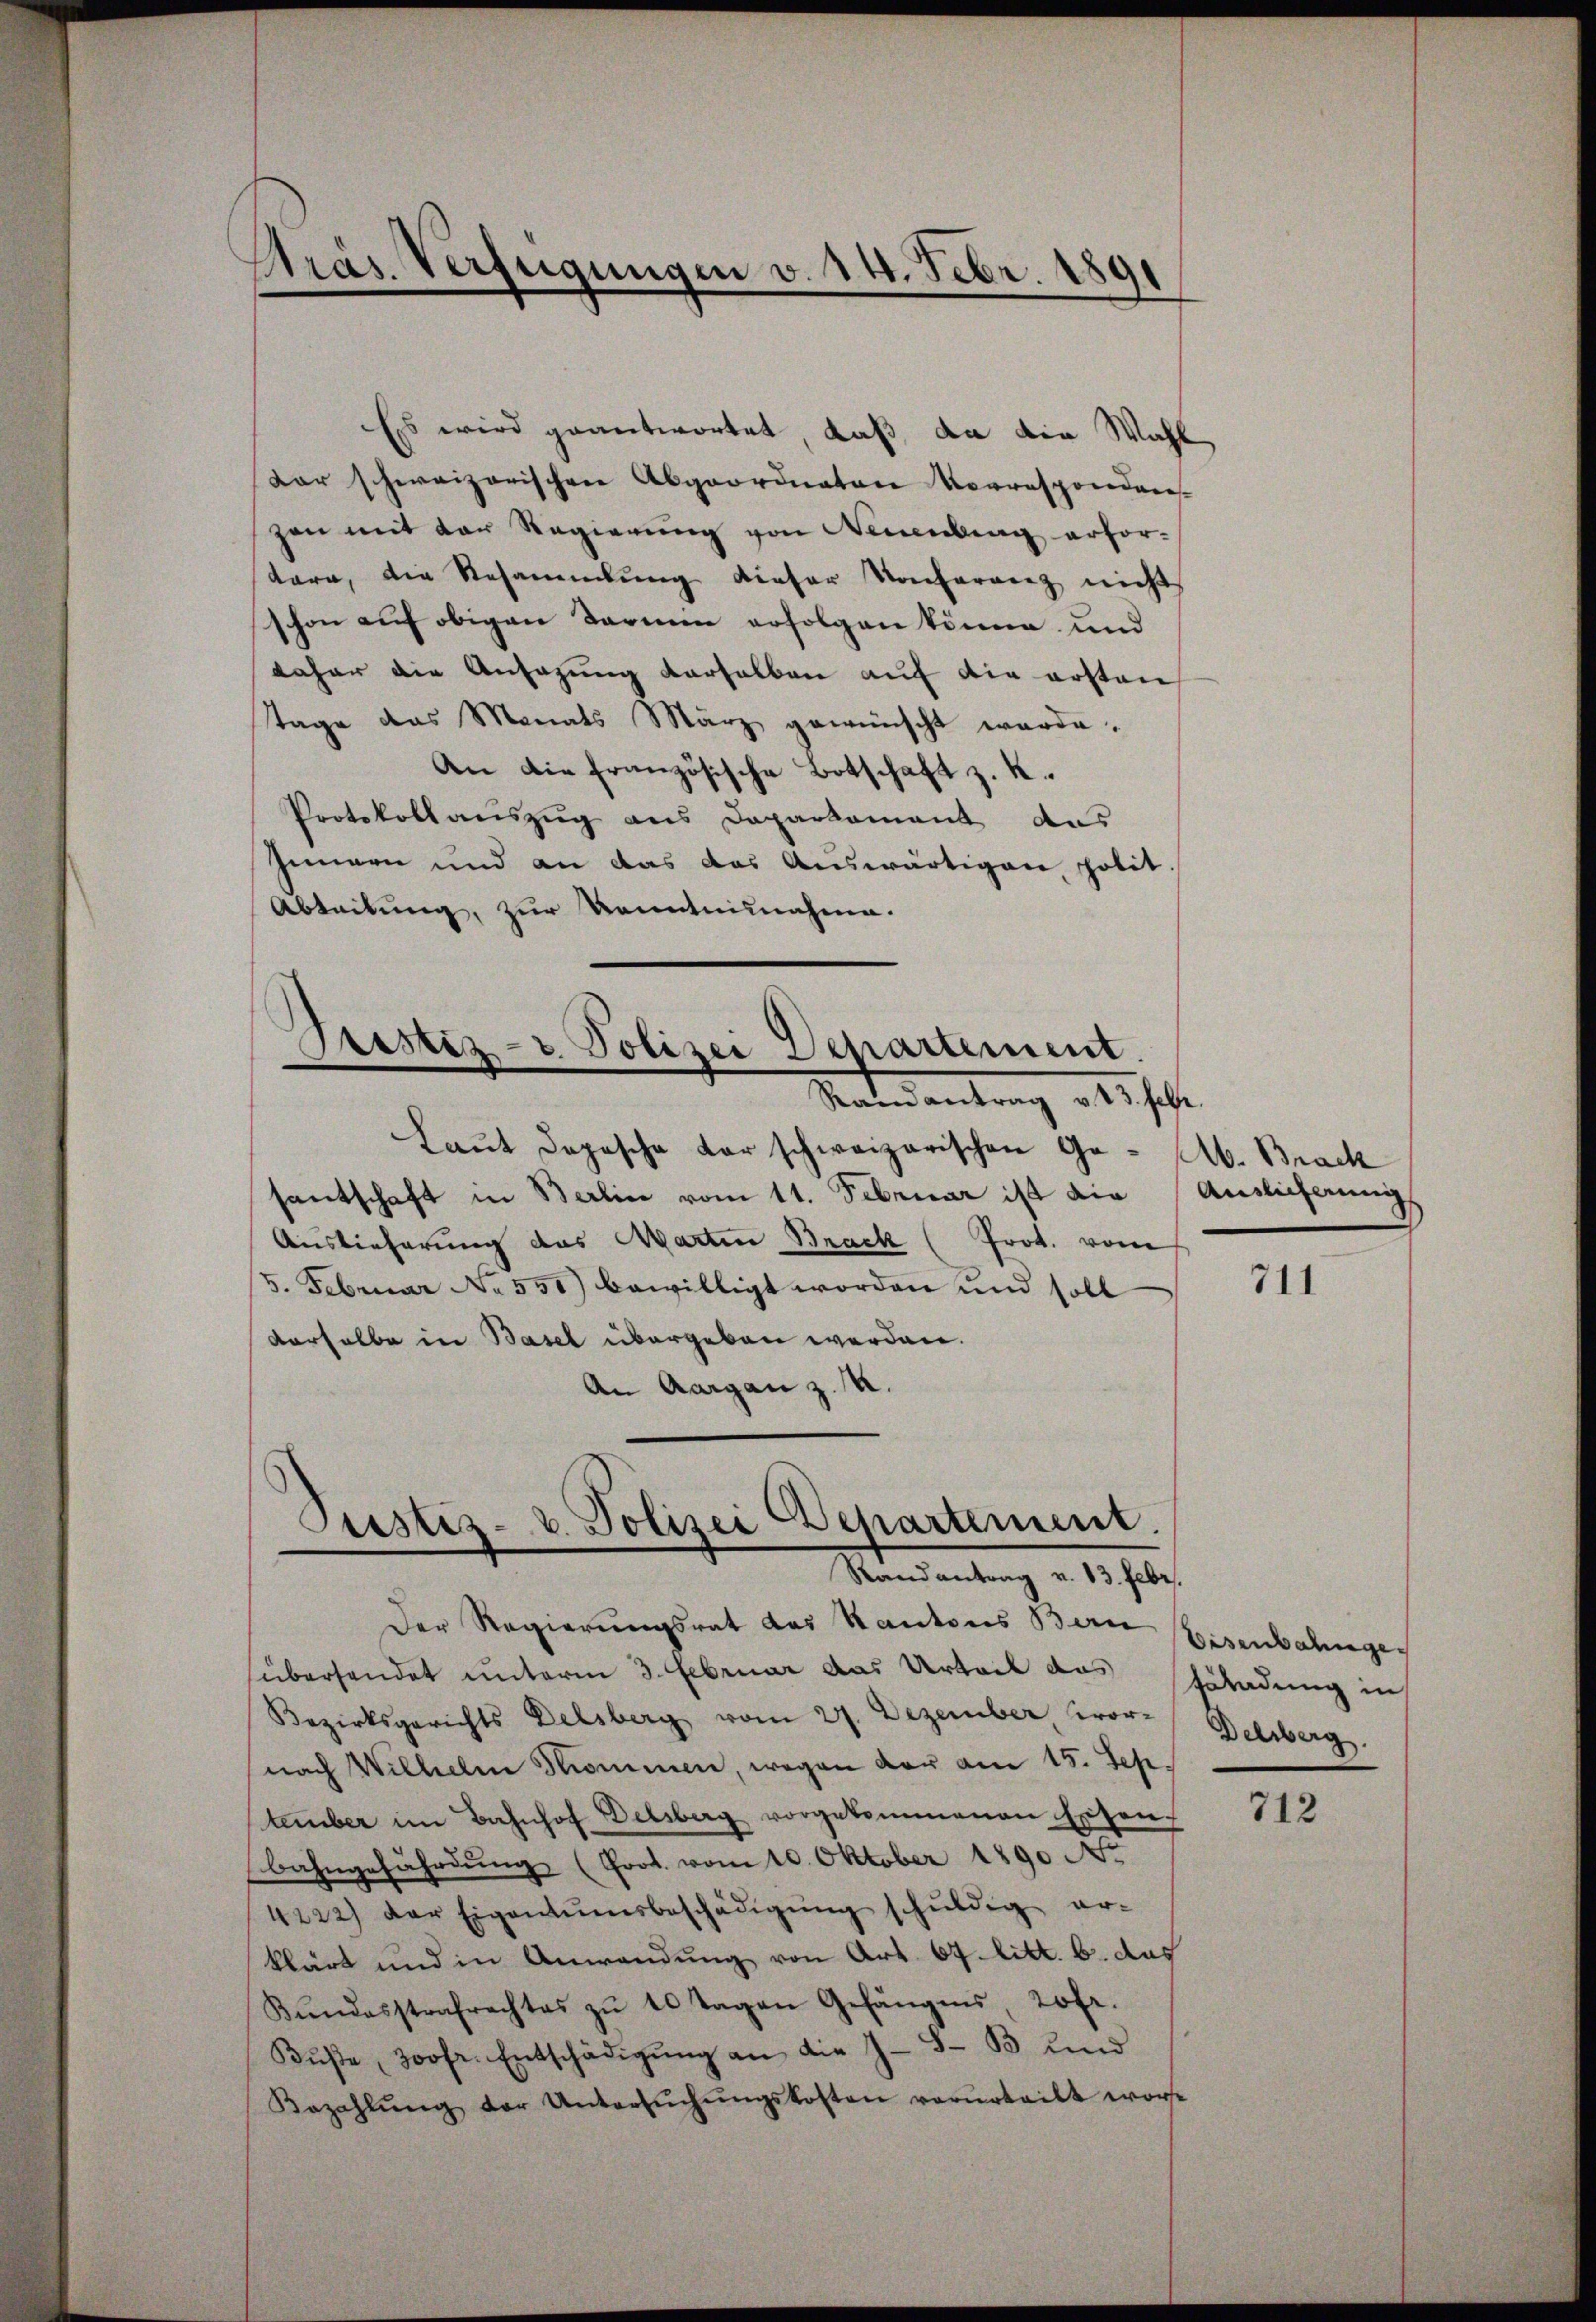
Präs. Verfügungen v. 14. Febr. 1891

Es wird geantwortet, daß da die Wahl
Kar schweizerischen Abgeordneten Vorresponden
zen mit der Regierung von Weisenberg erfortare, die Besammlung dieser Konferenz nicht
schon auf obigen Termin erfolgen könne und
daher die Ansagung derselben auf die ersten
Tage das Monats März gewünscht werde.
An die französische Botschaft z. K.
Protokollauszug aus Daparkament aus
Innern und an das das Auswärtigen polit
Abteilung, zur Kenntnisnahme.

Pristiz- & Polizei Departement

Randantrag v. 23. Febr.

Laŭt dopesche der schweizerischen Ge- Ab. Brack
santschaft in Berlin vom 11. Februar ist die
Auslieferung das Marten Brack (Prot. vom
5. Februar No 550) bewilligt worden und soll
derselbe in Basel übergeben werden.
An Aargau z. B.

Justiz- u. Polizei Departement.
Randantrag v. 13. Febr.

Der Regierŭngsrat das Kantons Bern Eisenbahngeübersendet unterm 3. Februar das Urteil das Gladung in
Bezirksgerichts Delsberg vom 27. Dezember wornach Wilhelm Sommen, wegen der am 15. Sep.
tember im Bahnhof Delsberg vorgekommenen Exten-
bahngefährdŭng (Prot. vom 10. Oktober 1890 N.
4222) der Eigentumsbeschädigŭng schŭldig er-
klärt und in Anwendŭng von Art. 67. litt. b. das
Kŭndesstrafrechtes zŭ 1 Tagen Gefängnis 20fr.
Bŭβe, Johr. Entschädigŭng an die J. S- B ŭnd
Bezahlŭng der Untersŭchŭngskosten verurteilt worde

Auslieferung

711

Delsberg.

712